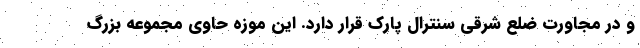
و در مجاورت ضلع شرقی سنترال پارک قرار دارد. این موزه حاوی مجموعه بزرگ